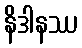
နိဒါနဿ